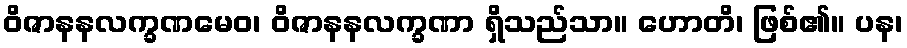
ဝိဇာနနလက္ခဏမေဝ၊ ဝိဇာနနလက္ခဏာ ရှိသည်သာ။ ဟောတိ၊ ဖြစ်၏။ ပန၊